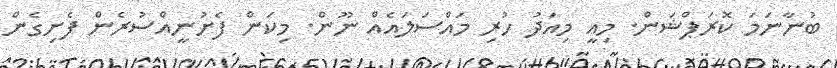
ބުނާނަމަ ކޮރަޕްޝަން. މިއީ މިއަދު ހުރި މައްސަލައެއް ނޫން. މިކަން ފެށުނީއްސުރެން ފެށިގެން